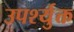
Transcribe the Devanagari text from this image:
उपर्श्युक्त